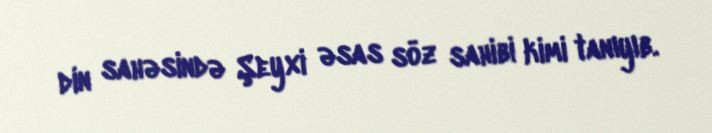
din sahəsində Şeyxi əsas söz sahibi kimi tanıyıb.